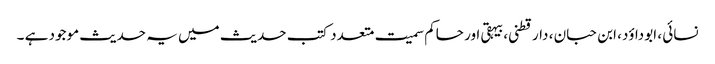
نسائی ، ابوداؤد، ابن حبان ، دارقطنی،بیہقی اور حاکم سمیت متعدد کتب حدیث میں یہ حدیث موجود ہے ۔